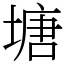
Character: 塘